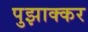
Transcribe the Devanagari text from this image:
पुझाक्कर